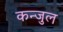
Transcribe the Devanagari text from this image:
कन्जुल